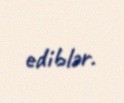
ediblər.